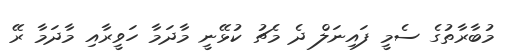
މުބާރާތުގެ ސެމީ ފައިނަލް ދެ މެޗު ކުޅޭނީ މާދަމާ ހަވީރާއި މާދަމާ ރޭ